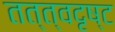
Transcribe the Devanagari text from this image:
तत्त्वदृष्ट